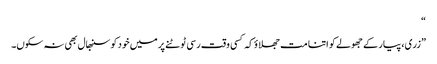
“
”زری، پیار کے جھولے کو اتنا مت جھلاؤ کہ کسی وقت رسی ٹوٹنے پر میں خود کو سنبھال بھی نہ سکوں۔